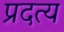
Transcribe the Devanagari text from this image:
प्रदत्य